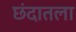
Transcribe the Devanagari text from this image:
छंदातला